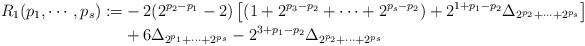
LaTeX: \begin{align*}R_1(p_1,\cdots,p_s):=&-2(2^{p_2-p_1}-2)\left[(1+2^{p_3-p_2}+\cdots+2^{p_s-p_2})+2^{1+p_1-p_2}\Delta_{2^{p_2}+\cdots+2^{p_s}}\right]\\&+6\Delta_{2^{p_1}+\cdots+2^{p_s}}-2^{3+p_1-p_2}\Delta_{2^{p_2}+\cdots+2^{p_s}} \\\end{align*}